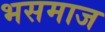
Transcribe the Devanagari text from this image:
भसमाज